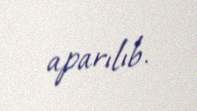
aparılıb.